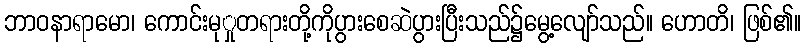
ဘာဝနာရာမော၊ ကောင်းမုှုတရားတို့ကိုပွားစေဆဲပွားပြီးသည်၌မွေ့လျော်သည်။ ဟောတိ၊ ဖြစ်၏။